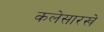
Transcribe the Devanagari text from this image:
कलेसारखे